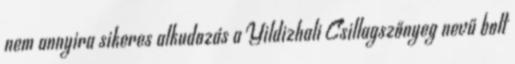
nem annyira sikeres alkudozás a Yildizhali Csillagszőnyeg nevű bolt